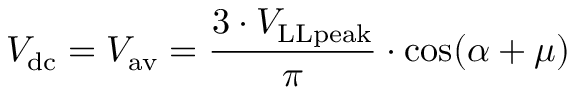
V _ { \mathrm { d c } } = V _ { \mathrm { a v } } = { \frac { 3 \cdot V _ { \mathrm { L L p e a k } } } { \pi } } \cdot \cos ( \alpha + \mu )